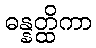
ဓန္နတ္ထိကာ